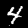
Label: 4